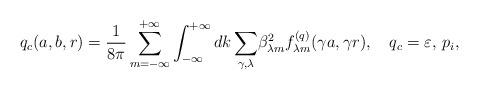
LaTeX: \begin{align*}q_c(a,b,r)=\frac{1}{8\pi }\sum_{m=-\infty}^{+\infty}\int_{-\infty}^{+\infty}{dk\sum_{\gamma ,\lambda }}\beta _{\lambda m}^2f_{\lambda m}^{(q)}(\gamma a, \gamma r),\quad q_c=\varepsilon ,\, p_i,\end{align*}